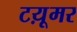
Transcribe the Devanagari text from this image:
टय़ूमर